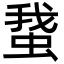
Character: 䖸